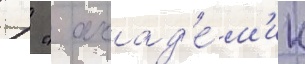
  " акад'е́м'ик